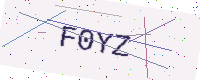
Text: F0YZ